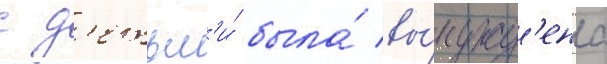
с д'етьм'и́ была́ вы́нужд'ена